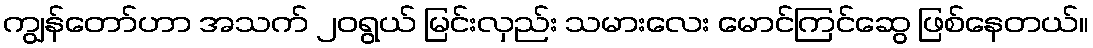
ကျွန်တော်ဟာ အသက် ၂၀ရွယ် မြင်းလှည်း သမားလေး မောင်ကြင်ဆွေ ဖြစ်နေတယ်။